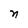
Character: n